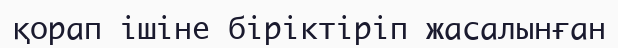
қорап ішіне біріктіріп жасалынған